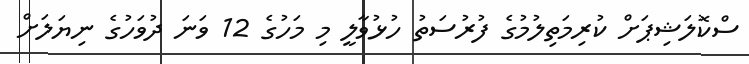
ސްކޮލަޝިޕަށް ކުރިމަތިލުމުގެ ފުރުސަތު ހުޅުވާލީ މި މަހުގެ 12 ވަނަ ދުވަހުގެ ނިޔަލަށް